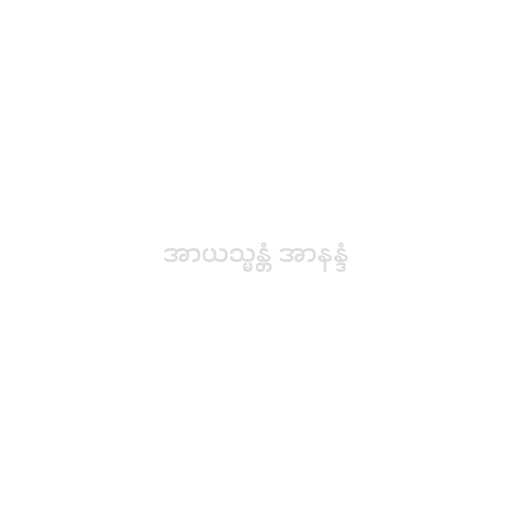
အာယသ္မန္တံ အာနန္ဒံ